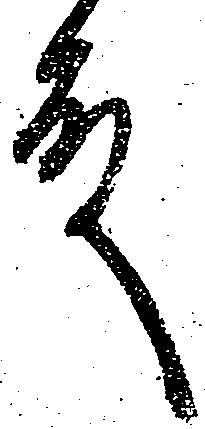
殿